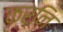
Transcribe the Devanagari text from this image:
कर्नि